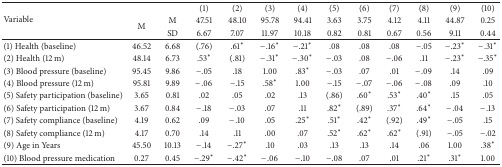
<table><thead><tr><td rowspan="3"><b>Variable</b></td><td><b> </b></td><td><b> </b></td><td><b>(1)</b></td><td><b>(2)</b></td><td><b>(3)</b></td><td><b>(4)</b></td><td><b>(5)</b></td><td><b>(6)</b></td><td><b>(7)</b></td><td><b>(8)</b></td><td><b>(9)</b></td><td><b>(10)</b></td></tr><tr><td rowspan="2"><b>M</b></td><td><b>M</b></td><td><b>47.51</b></td><td><b>48.10</b></td><td><b>95.78</b></td><td><b>94.41</b></td><td><b>3.63</b></td><td><b>3.75</b></td><td><b>4.12</b></td><td><b>4.11</b></td><td><b>44.87</b></td><td><b>0.25</b></td></tr><tr><td><b>SD</b></td><td><b>6.67</b></td><td><b>7.07</b></td><td><b>11.97</b></td><td><b>10.18</b></td><td><b>0.82</b></td><td><b>0.81</b></td><td><b>0.67</b></td><td><b>0.56</b></td><td><b>9.11</b></td><td><b>0.44</b></td></tr></thead><tbody><tr><td>(1) Health (baseline)</td><td>46.52</td><td>6.68</td><td>(.76)</td><td>.61<sup><i>∗</i></sup></td><td>−.16<sup><i>∗</i></sup></td><td>−.21<sup><i>∗</i></sup></td><td>.08</td><td>.08</td><td>.08</td><td>−.05</td><td>−.23<sup><i>∗</i></sup></td><td>−.31<sup><i>∗</i></sup></td></tr><tr><td>(2) Health (12 m)</td><td>48.14</td><td>6.73</td><td>.53<sup><i>∗</i></sup></td><td>(.81)</td><td>−.31<sup><i>∗</i></sup></td><td>−.30<sup><i>∗</i></sup></td><td>−.03</td><td>.08</td><td>−.06</td><td>.11</td><td>−.23<sup><i>∗</i></sup></td><td>−.35<sup><i>∗</i></sup></td></tr><tr><td>(3) Blood pressure (baseline)</td><td>95.45</td><td>9.86</td><td>−.05</td><td>.18</td><td>1.00</td><td>.83<sup><i>∗</i></sup></td><td>−.03</td><td>.07</td><td>.01</td><td>−.09</td><td>.14</td><td>.09</td></tr><tr><td>(4) Blood pressure (12 m)</td><td>95.81</td><td>9.89</td><td>−.06</td><td>−.15</td><td>.58<sup><i>∗</i></sup></td><td>1.00</td><td>−.15</td><td>−.07</td><td>−.06</td><td>−.08</td><td>.09</td><td>.10</td></tr><tr><td>(5) Safety participation (baseline)</td><td>3.65</td><td>0.81</td><td>.02</td><td>.05</td><td>.02</td><td>.13</td><td>(.86)</td><td>.60<sup><i>∗</i></sup></td><td>.53<sup><i>∗</i></sup></td><td>.40<sup><i>∗</i></sup></td><td>.15</td><td>.05</td></tr><tr><td>(6) Safety participation (12 m)</td><td>3.67</td><td>0.84</td><td>−.18</td><td>−.03</td><td>.07</td><td>.11</td><td>.82<sup><i>∗</i></sup></td><td>(.89)</td><td>.37<sup><i>∗</i></sup></td><td>.64<sup><i>∗</i></sup></td><td>−.04</td><td>−.13</td></tr><tr><td>(7) Safety compliance (baseline)</td><td>4.19</td><td>0.62</td><td>.09</td><td>−.10</td><td>.05</td><td>.25<sup><i>∗</i></sup></td><td>.51<sup><i>∗</i></sup></td><td>.42<sup><i>∗</i></sup></td><td>(.92)</td><td>.49<sup><i>∗</i></sup></td><td>−.05</td><td>.15</td></tr><tr><td>(8) Safety compliance (12 m)</td><td>4.17</td><td>0.70</td><td>.14</td><td>.11</td><td>.00</td><td>.07</td><td>.52<sup><i>∗</i></sup></td><td>.62<sup><i>∗</i></sup></td><td>.62<sup><i>∗</i></sup></td><td>(.91)</td><td>−.05</td><td>−.02</td></tr><tr><td>(9) Age in Years</td><td>45.50</td><td>10.13</td><td>−.14</td><td>−.27<sup><i>∗</i></sup></td><td>.10</td><td>.03</td><td>.13</td><td>.13</td><td>.14</td><td>.06</td><td>1.00</td><td>.38<sup><i>∗</i></sup></td></tr><tr><td>(10) Blood pressure medication</td><td>0.27</td><td>0.45</td><td>−.29<sup><i>∗</i></sup></td><td>−.42<sup><i>∗</i></sup></td><td>−.06</td><td>−.10</td><td>−.08</td><td>.07</td><td>.01</td><td>.21<sup><i>∗</i></sup></td><td>.31<sup><i>∗</i></sup></td><td>1.00</td></tr></tbody></table>